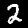
Digit: 2